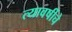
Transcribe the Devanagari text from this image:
त्यावर्षीचे